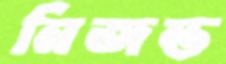
নিজন্ত